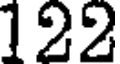
122